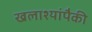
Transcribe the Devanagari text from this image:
खलाश्यांपैकी